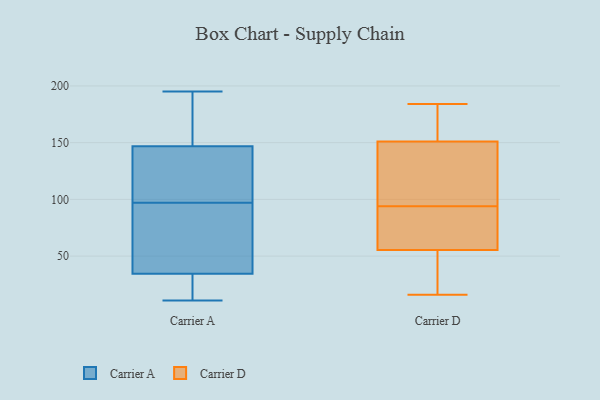
{"axis": {"x": "Tickets Resolved", "y": "Value"}, "legend": ["Carrier A", "Carrier D"], "data": [{"x": "", "y": 49, "type": "Carrier A"}, {"x": "", "y": 148, "type": "Carrier A"}, {"x": "", "y": 99, "type": "Carrier A"}, {"x": "", "y": 53, "type": "Carrier A"}, {"x": "", "y": 137, "type": "Carrier A"}, {"x": "", "y": 39, "type": "Carrier A"}, {"x": "", "y": 30, "type": "Carrier A"}, {"x": "", "y": 151, "type": "Carrier A"}, {"x": "", "y": 51, "type": "Carrier A"}, {"x": "", "y": 17, "type": "Carrier A"}, {"x": "", "y": 114, "type": "Carrier A"}, {"x": "", "y": 147, "type": "Carrier A"}, {"x": "", "y": 154, "type": "Carrier A"}, {"x": "", "y": 195, "type": "Carrier A"}, {"x": "", "y": 21, "type": "Carrier A"}, {"x": "", "y": 146, "type": "Carrier A"}, {"x": "", "y": 97, "type": "Carrier A"}, {"x": "", "y": 33, "type": "Carrier A"}, {"x": "", "y": 11, "type": "Carrier A"}, {"x": "", "y": 16, "type": "Carrier D"}, {"x": "", "y": 95, "type": "Carrier D"}, {"x": "", "y": 36, "type": "Carrier D"}, {"x": "", "y": 84, "type": "Carrier D"}, {"x": "", "y": 36, "type": "Carrier D"}, {"x": "", "y": 184, "type": "Carrier D"}, {"x": "", "y": 157, "type": "Carrier D"}, {"x": "", "y": 67, "type": "Carrier D"}, {"x": "", "y": 94, "type": "Carrier D"}, {"x": "", "y": 149, "type": "Carrier D"}, {"x": "", "y": 62, "type": "Carrier D"}, {"x": "", "y": 120, "type": "Carrier D"}, {"x": "", "y": 158, "type": "Carrier D"}]}